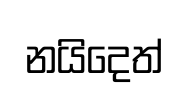
නයිදෙත්